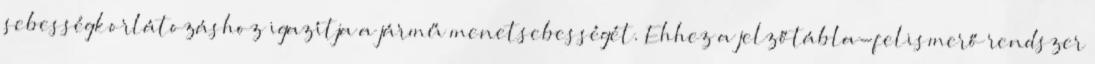
sebességkorlátozáshoz igazítja a jármű menetsebességét. Ehhez a jelzőtábla-felismerő rendszer